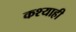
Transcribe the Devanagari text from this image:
कश्याही